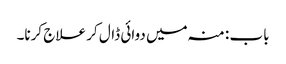
باب : منہ میں دوائی ڈال کر علاج کرنا۔